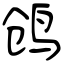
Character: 鸧